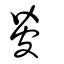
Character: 㿫